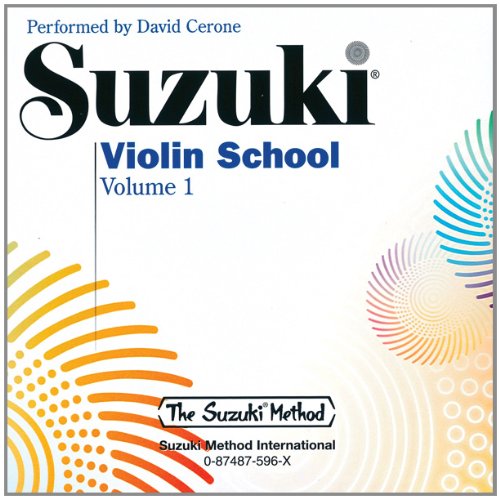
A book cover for Suzuki Violin School, Volume 1 (CD); David Cerone; Humor & Entertainment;